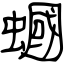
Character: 蟈